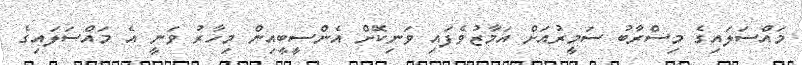
މައްސަލައިގެ މިސްރާބު ސަމީރުއަށް އަމާޒުވެފައި ވަނިކޮށް އެންސީބީއިން މިހާރު ވަނީ އެ މައްސަލައިގެ